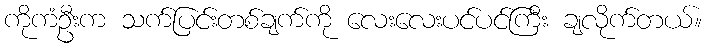
ကိုကံဦးက သက်ပြင်းတစ်ချက်ကို လေးလေးပင်ပင်ကြီး ချလိုက်တယ်။